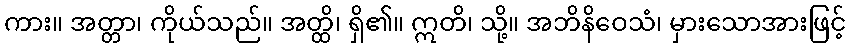
ကား။ အတ္တာ၊ ကိုယ်သည်။ အတ္ထိ၊ ရှိ၏။ ဣတိ၊ သို့။ အဘိနိဝေသံ၊ မှားသောအားဖြင့်